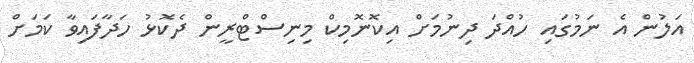
އަލުން އެ ނަމުގައި ހުއްދަ ދިނުމަށް އިކޮނޮމިކް މިނިސްޓްރީން ދެކޮޅު ހަދާފައިވާ ކަމަށް